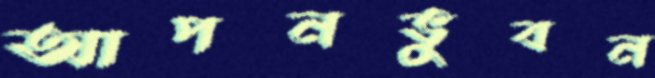
আপনভুবন